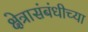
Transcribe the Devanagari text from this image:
क्षेत्रासंबंधीच्या